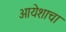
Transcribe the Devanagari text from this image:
आयेशाचा